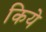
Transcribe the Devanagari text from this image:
किये